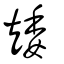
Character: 矮